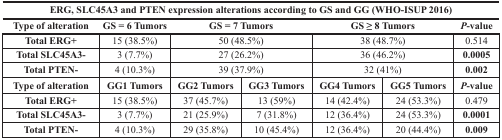
| <COLSPAN=7> ERG, SLC45A3 and PTEN expression alterations according to GS and GG (WHO-ISUP 2016) |
 | Type of alteration | GS = 6 Tumors | <COLSPAN=2> GS = 7 Tumors | <COLSPAN=2> GS ≥ 8 Tumors | P-value |
 | --- | --- | --- | --- | --- | --- | --- |
 | Total ERG+ | 15 (38.5%) | <COLSPAN=2> 50 (48.5%) | <COLSPAN=2> 38 (48.7%) | 0.514 |
 | Total SLC45A3- | 3 (7.7%) | <COLSPAN=2> 27 (26.2%) | <COLSPAN=2> 36 (46.2%) | 0.0005 |
 | Total PTEN- | 4 (10.3%) | <COLSPAN=2> 39 (37.9%) | <COLSPAN=2> 32 (41%) | 0.002 |
 | Type of alteration | GG1 Tumors | GG2 Tumors | GG3 Tumors | GG4 Tumors | GG5 Tumors | P-value |
 | Total ERG+ | 15 (38.5%) | 37 (45.7%) | 13 (59%) | 14 (42.4%) | 24 (53.3%) | 0.479 |
 | Total SLC45A3- | 3 (7.7%) | 21 (25.9%) | 7 (31.8%) | 12 (36.4%) | 24 (53.3%) | 0.0001 |
 | Total PTEN- | 4 (10.3%) | 29 (35.8%) | 10 (45.4%) | 12 (36.4%) | 20 (44.4%) | 0.009 |